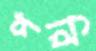
পরি